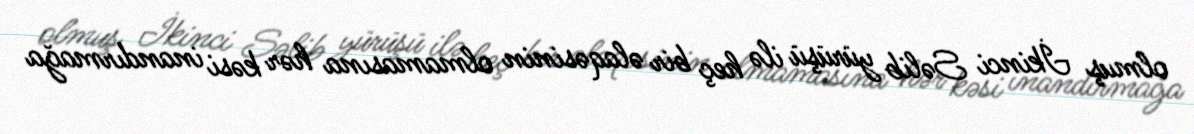
olmuş İkinci Səlib yürüşü ilə heç bir əlaqəsinin olmamasına hər kəsi inandırmağa